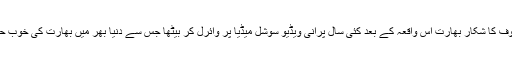
بوکھلاہٹ اور خوف کا شکار بھارت اس واقعہ کے بعد کئی سال پرانی ویڈیو سوشل میڈیا پر وائرل کر بیٹھا جس سے دنیا بھر میں بھارت کی خوب حگ ہنسائی ہوئی۔